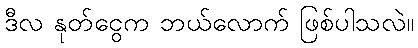
ဒီလ နုတ်ငွေက ဘယ်လောက် ဖြစ်ပါသလဲ။